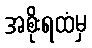
အစိုးရထံမှ